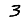
Digit: 3